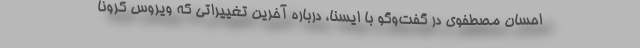
احسان مصطفوی در گفت‌وگو با ایسنا، درباره آخرین تغییراتی که ویروس کرونا